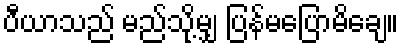
ပီယာသည် မည်သို့မျှ ပြန်မပြောမိချေ။